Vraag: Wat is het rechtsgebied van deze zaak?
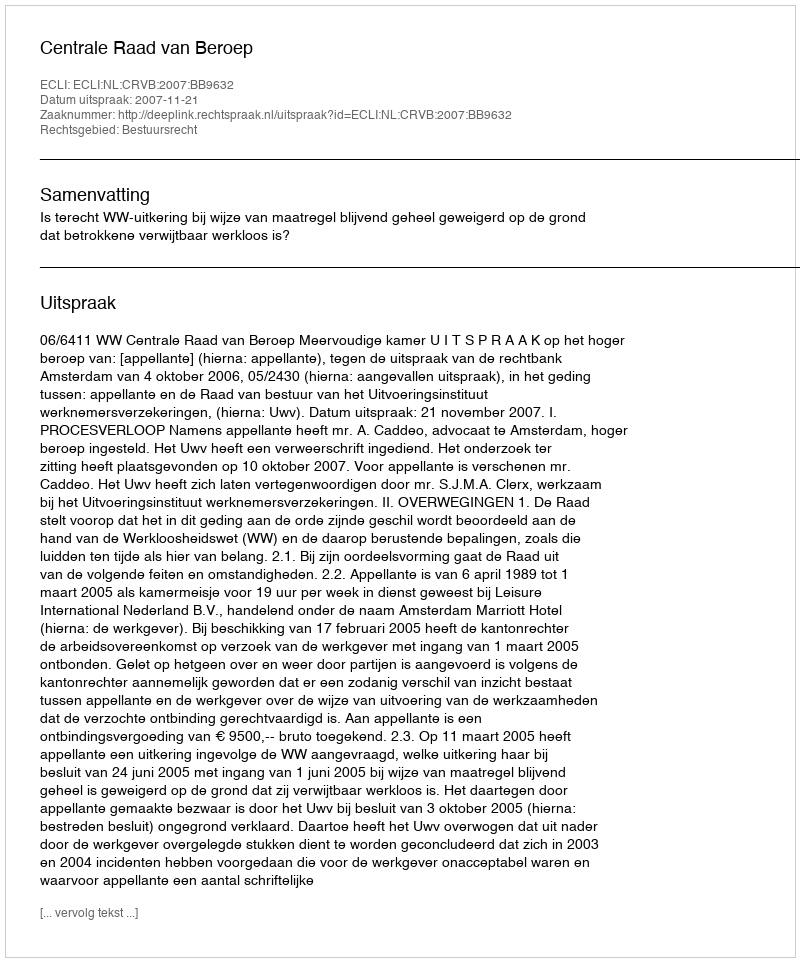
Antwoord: Bestuursrecht